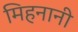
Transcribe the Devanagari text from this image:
मिहनानी